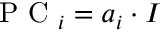
\mathrm { ~ P ~ C ~ } _ { i } = \boldsymbol { a } _ { i } \cdot \boldsymbol { I }